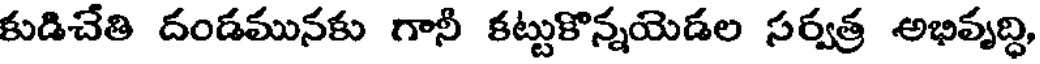
కుడిచేతి దండమునకు గానీ కట్టుకొన్నయెడల సర్వత్ర అభివృద్ధి,